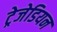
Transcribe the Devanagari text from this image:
ट्रेजेडियन